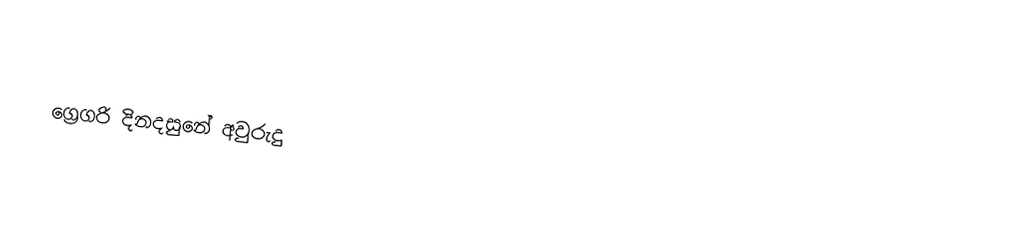

ග්‍රෙගරි දිනදසුනේ අවුරුදු